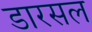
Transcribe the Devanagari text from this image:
डारसल